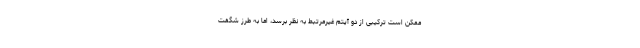
ممکن است ترکیبی از دو آیتم غیرمرتبط به نظر برسد، اما به طرز شگفت